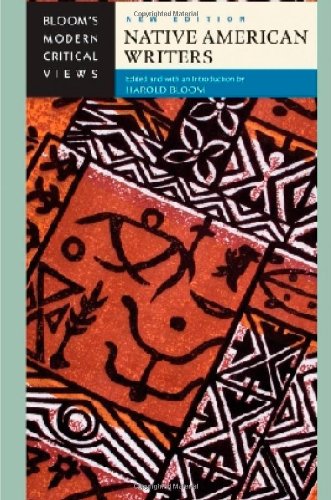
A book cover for Native American Writers (Bloom's Modern Critical Views); Teen & Young Adult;